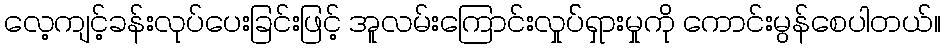
လေ့ကျင့်ခန်းလုပ်ပေးခြင်းဖြင့် အူလမ်းကြောင်းလှုပ််ရှားမှုကို ကောင်းမွန်စေပါတယ်။